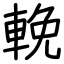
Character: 輓